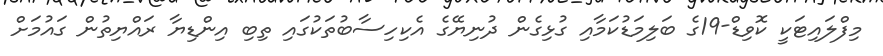
މިފްލައިޓަކީ ކޮވިޑް-19ގެ ބަލިމަޑުކަމާއި ގުޅިގެން ދުނިޔޭގެ އެކިހިސާބުތަކުގައި ތިބި އިންޑިޔާ ރައްޔިތުން ގައުމަށް